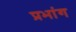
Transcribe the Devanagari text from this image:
प्रभांग